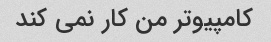
کامپیوتر من کار نمی کند